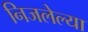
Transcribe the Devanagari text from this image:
निजलेल्या